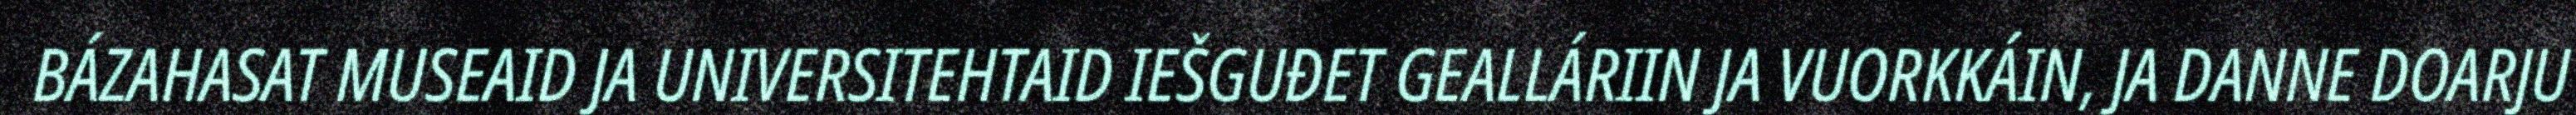
BÁZAHASAT MUSEAID JA UNIVERSITEHTAID IEŠGUĐET GEALLÁRIIN JA VUORKKÁIN, JA DANNE DOARJU